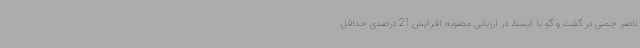
ناصر چمنی در گفت و گو با ایسنا، در ارزیابی مصوبه افزایش 21 درصدی حداقل